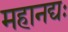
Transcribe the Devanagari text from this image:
महानद्यः